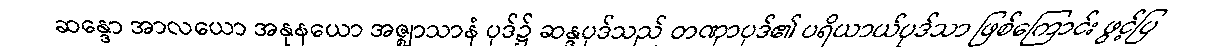
ဆန္ဒော အာလယော အနုနယော အဇ္ဈာသာနံ ပုဒ်၌ ဆန္ဒပုဒ်သည် တဏှာပုဒ်၏ ပရိယာယ်ပုဒ်သာ ဖြစ်ကြောင်း ဖွင့်ပြ